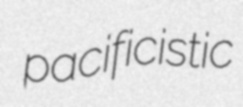
pacificistic